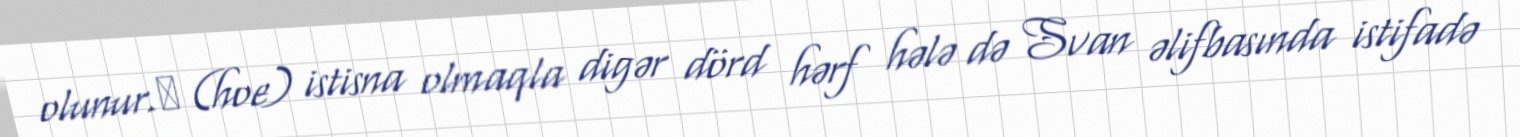
olunur.ჵ (hoe) istisna olmaqla digər dörd hərf hələ də Svan əlifbasında istifadə